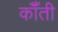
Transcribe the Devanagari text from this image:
कॉँती